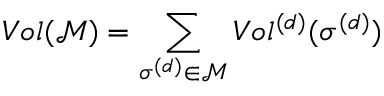
V o l ( \mathcal { M } ) = \sum _ { \sigma ^ { ( d ) } \in \mathcal { M } } V o l ^ { ( d ) } ( \sigma ^ { ( d ) } )